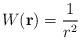
LaTeX: \begin{align*}W({\bf r})=\frac{1}{r^{2}}\;\end{align*}